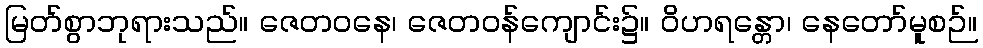
မြတ်စွာဘုရားသည်။ ဇေတဝနေ၊ ဇေတဝန်ကျောင်း၌။ ဝိဟရန္တော၊ နေတော်မူစဉ်။